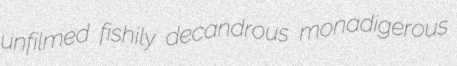
unfilmed fishily decandrous monadigerous